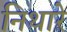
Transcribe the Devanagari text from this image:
निथारे